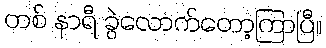
တစ် နာရီ ခွဲလောက်တော့ကြာပြီ။